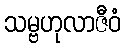
သမ္ဗဟုလာဇီဝံ